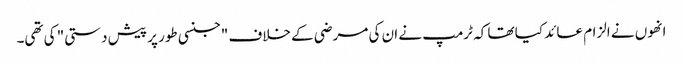
انھوں نے الزام عائد کیا تھا کہ ٹرمپ نے ان کی مرضی کے خلاف "جنسی طور پر پیش دستی" کی تھی۔